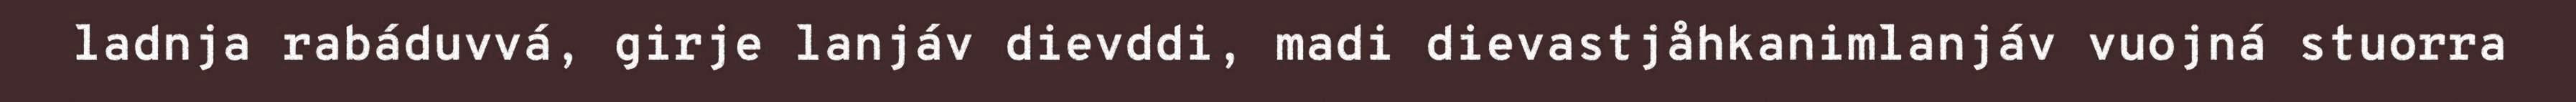
ladnja rabáduvvá, girje lanjáv dievddi, madi dievastjåhkanimlanjáv vuojná stuorra